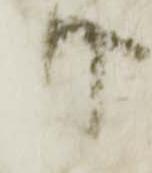
日